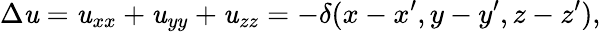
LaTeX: \Delta\mathit{u}=\mathit{u}_{xx}+\mathit{u}_{yy}+\mathit{u}_{zz}=-\delta(x-x^{\prime},y-y^{\prime},z-z^{\prime}),